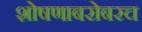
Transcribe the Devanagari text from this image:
शोषणाबरोबरच